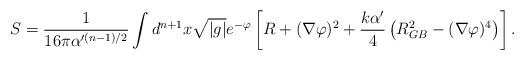
\begin{align*}S={1\over16\pi \alpha'^{(n-1)/2}}\int d^{n+1}x \sqrt{|g|}e^{-\varphi} \left[ R+ (\nabla\varphi)^2+{k\alpha' \over 4} \left(R^2_{GB} - (\nabla\varphi)^4\right)\right] . \end{align*}